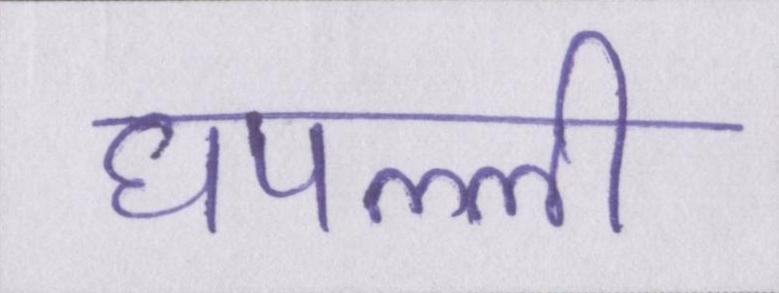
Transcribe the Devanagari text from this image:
घपल्ली